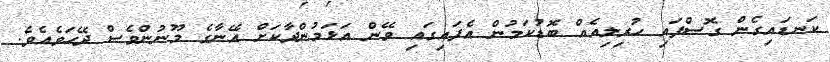
ކަނޑައިގެން ގޮސްފައި ހުރިލިއެއް ބޮޑުކަމުން އެފައިގައި ވޭން އަޅަމުންދާކަށް އޭނާގެ މޫނުންވެސް ދޭހަވެއެވެ.